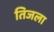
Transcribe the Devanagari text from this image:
तिजला